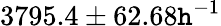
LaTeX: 3795.4\pm62.68\mathtt{h}^{-1}